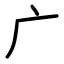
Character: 广